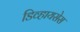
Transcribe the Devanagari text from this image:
डिव्हायसेस